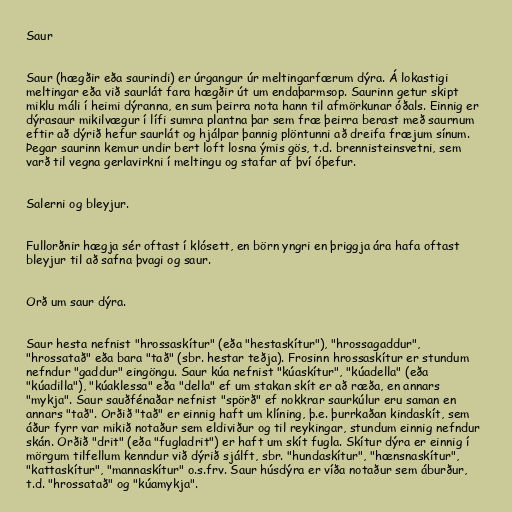
Saur

Saur (hægðir eða saurindi) er úrgangur úr meltingarfærum dýra. Á lokastigi
meltingar eða við saurlát fara hægðir út um endaþarmsop. Saurinn getur skipt
miklu máli í heimi dýranna, en sum þeirra nota hann til afmörkunar óðals. Einnig er
dýrasaur mikilvægur í lífi sumra plantna þar sem fræ þeirra berast með saurnum
eftir að dýrið hefur saurlát og hjálpar þannig plöntunni að dreifa fræjum sínum.
Þegar saurinn kemur undir bert loft losna ýmis gös, t.d. brennisteinsvetni, sem
varð til vegna gerlavirkni í meltingu og stafar af því óþefur.

Salerni og bleyjur.

Fullorðnir hægja sér oftast í klósett, en börn yngri en þriggja ára hafa oftast
bleyjur til að safna þvagi og saur.

Orð um saur dýra.

Saur hesta nefnist "hrossaskítur" (eða "hestaskítur"), "hrossagaddur",
"hrossatað" eða bara "tað" (sbr. hestar teðja). Frosinn hrossaskítur er stundum
nefndur "gaddur" eingöngu. Saur kúa nefnist "kúaskítur", "kúadella" (eða
"kúadilla"), "kúaklessa" eða "della" ef um stakan skít er að ræða, en annars
"mykja". Saur sauðfénaðar nefnist "spörð" ef nokkrar saurkúlur eru saman en
annars "tað". Orðið "tað" er einnig haft um klíning, þ.e. þurrkaðan kindaskít, sem
áður fyrr var mikið notaður sem eldiviður og til reykingar, stundum einnig nefndur
skán. Orðið "drit" (eða "fugladrit") er haft um skít fugla. Skítur dýra er einnig í
mörgum tilfellum kenndur við dýrið sjálft, sbr. "hundaskítur", "hænsnaskítur",
"kattaskítur", "mannaskítur" o.s.frv. Saur húsdýra er víða notaður sem áburður,
t.d. "hrossatað" og "kúamykja".